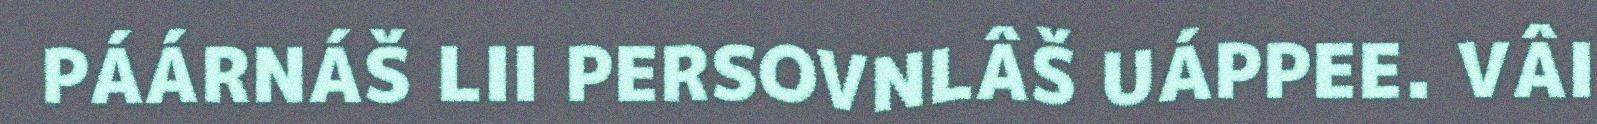
PÁÁRNÁŠ LII PERSOVNLÂŠ UÁPPEE. VÂI